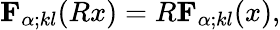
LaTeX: {\mathbf{F}}_{\alpha;kl}(Rx)=R{\mathbf{F}}_{\alpha;kl}(x),